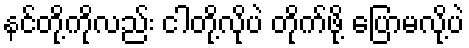
နင်တို့ကိုလည်း ငါတို့လိုပဲ တိုက်ဖို့ ပြောမလို့ပဲ